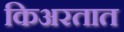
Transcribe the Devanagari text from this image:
किअरतात